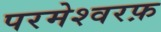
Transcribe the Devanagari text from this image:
परमेश्वरफ़